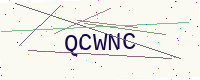
Text: QCWNC